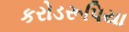
કરોડરૂપિયા